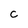
Character: C